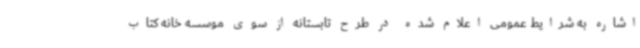
اشاره به شرایط عمومی اعلام شده در طرح تابستانه از سوی موسسه خانه کتاب